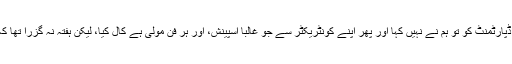
اس پر اس ڈپارٹمنٹ کو تو ہم نے نہیں کہا اور پھر اپنے کونٹریکٹر سے جو غالبا اسپینش، اور ہر فن مولیٰ ہے کال کیا، لیکن ہفتہ نہ گزرا تھا کہ پھر شور۔